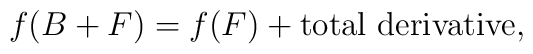
f(B+F) = f(F) + {\rm total~derivative},